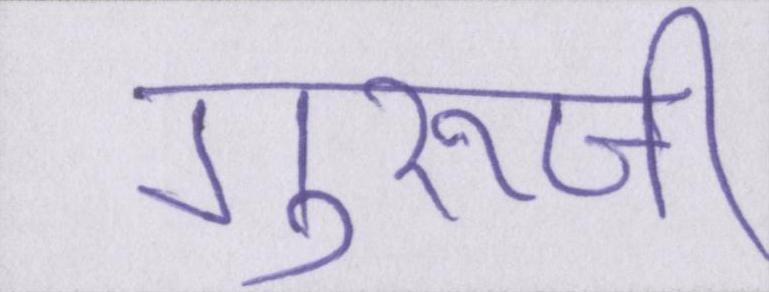
गुरूजी